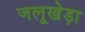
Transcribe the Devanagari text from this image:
जलूखेड़ा